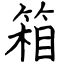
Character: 箱